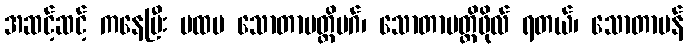
အဆင့်ဆင့် ကနေပြီး ပထမ သောတာပတ္တိမဂ်၊ သောတာပတ္တိဖိုလ် ရတယ်၊ သောတာပန်